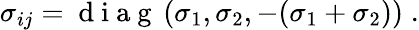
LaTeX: \sigma_{ij}=\mathrm{~d~i~a~g~}\left(\sigma_{1},\sigma_{2},-(\sigma_{1}+\sigma_{2})\right)\; .